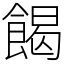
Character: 餲